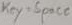
Text: key=space